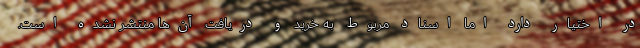
در اختیار دارد اما اسناد مربوط به خرید و دریافت آن‌ها منتشر نشده است.